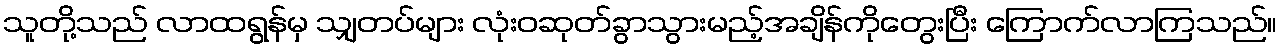
သူတို့သည် လာထရွန်မှ သျှတပ်များ လုံးဝဆုတ်ခွာသွားမည့်အချိန်ကိုတွေးပြီး ကြောက်လာကြသည်။